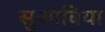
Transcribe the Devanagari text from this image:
सुआबिया